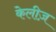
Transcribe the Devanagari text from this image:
केलीज़